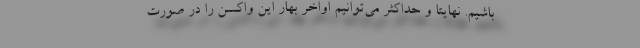
باشیم. نهایتا و حداکثر می‌توانیم اواخر بهار این واکسن را در صورت